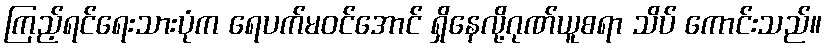
ကြည့်ရင်ရေးသားပုံက ရေပက်မဝင်အောင် ရှိနေလို့ဂုဏ်ယူစရာ သိပ် ကောင်းသည်။